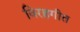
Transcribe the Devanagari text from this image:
विरहगीत